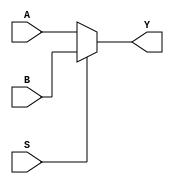
module multiplexer_2to1 (
    input wire A,  // Input 0
    input wire B,  // Input 1
    input wire S,  // Select input
    output wire Y // Output
);

assign Y = (S == 0) ? A : B;

endmodule